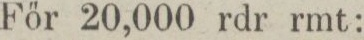
För 20,000 rdr rmt: